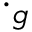
\cdot _ { g }